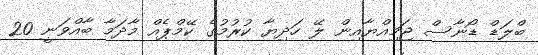
ބްލަޑް ޑޯނާސް ޖަމިއްޔާއިން ލޭ ހަދިޔާ ކުރުމުގެ ކޭމްޕެއް މާދަމާ ބާއްވަނީ 20